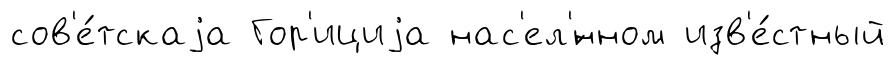
сов'е́тскаjа Гор'ициjа нас'ел'́нном изв'е́стный